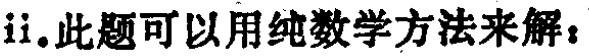
ii. 此题可以用纯数学方法来解：